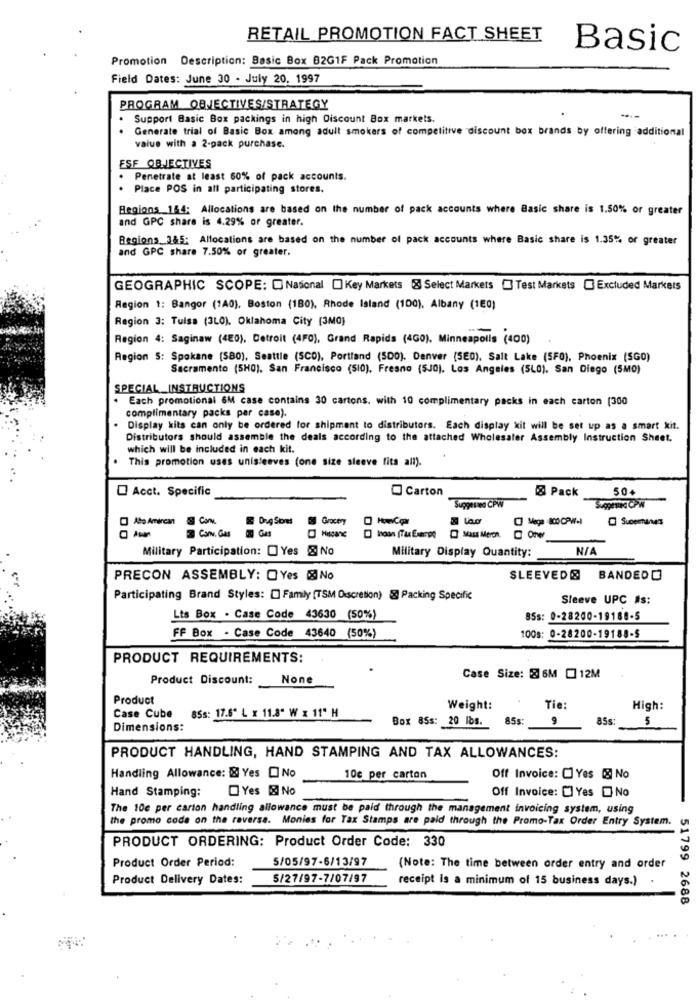
RETAIL PROMOTION FACT SHEET
Basic
Promotion Description: Basic Box 82G1F Pack Promotion
Field Dates: June 30 - July 20, 1997
PROGRAM OBJECTIVES/STRATEGY
Support Basic Box packings in high Discount Box markets.
Generate trial of Basic Box among adult smokers of competitive discount box brands by offering additional
value with a 2-pack purchase.
ESF OBJECTIVES
Penetrate at least 60% of pack accounts.
. Place POS in all participating stores.
Regions 144: Allocations are based on the number of pack accounts where Basic share is 1.50% or greater
and GPC share is 4.29% or greater.
Regions_385: Allocations are based on the number of pack accounts where Basic share is 1.35% or greater
and GPC share 7.50% or greater.
GEOGRAPHIC SCOPE: [ National [] Key Markets & Select Markets [] Test Markets [] Excluded Markets
Region 1: Bangor (140), Boston (180), Rhode Island (100), Albany (160)
Region 3: Tulsa (3L0). Oklahoma City (3MO)
Region 4: Saginaw (420), Detroit (4F0), Grand Rapids (4GO). Minneapolis (400)
Region S: Spokane (580), Seattle (SCO), Portland (500). Denver (5E0), Salt Lake (SF0), Phoenix (SGO)
Sacramento (5H0). San Francisco (510), Fresno (5J0). Los Angeles (5L0). San Diego (5M0)
SPECIAL INSTRUCTIONS
Each promotional 6M case contains 30 cartons. with 10 complimentary packs in each carton (300
complimentary packs par case).
Display kits can only be ordered for shipment to distributors. Each display kit will be set up as a smart kit.
Distributors should assemble the deals according to the attached Wholesaler Assembly Instruction Sheet.
which will be included in each kit.
This promotion uses unisleeves (one size sleeve fits all).
Acct. Specific
Carton
8 Pack
50+
Suggested CPW
Ato Amercan
5 Grocery
@ Superanes
Canv. Gas
Hiscare
Military Participation: Yes & No
Military Display Quantity:
PRECON ASSEMBLY: OYes No
SLEEVED@
BANDEDO
Participating Brand Styles: [ Family [TSM Discretion) & Packing Specific
Sleeve UPC #s:
Lts Box . Case Code 43630 (50%)
85s: 0-28200-19189-5
FF Box - Case Code 43640 (50%)
100s: 0-28200-19188-5
PRODUCT REQUIREMENTS:
Product Discount:
Case Size: 2 6M [ 12M
Product
Case Cube 85s: 17.6" L x 11.8" W x 11" H
Weight:
Tie:
High:
Box 85s: 20 Ibs.
85s:
9
85s:
5
Dimensions:
PRODUCT HANDLING, HAND STAMPING AND TAX ALLOWANCES:
Handling Allowance: & Yes [ No
10c per carton
Off Invoice: [] Yes & No
Hand Stamping:
Yes & No
Off Invoice: [] Yes [ No
The 10e per carton handling allowance must be paid through the management invoicing system, using
the promo code on the reverse. Monies for Tax Stamps are paid through the Promo-Tax Order Entry System.
PRODUCT ORDERING: Product Order Code: 330
Product Order Period:
5/05/97-6/13/97
(Note: The time between order entry and order
Product Delivery Dates:
5/27/97-7/07/97
receipt is a minimum of 15 business days.)
51799 2688